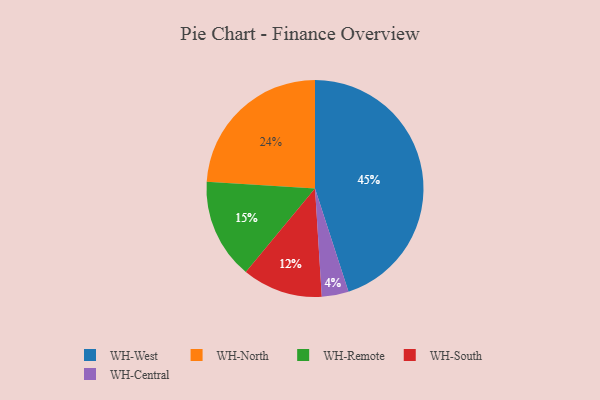
{"axis": {"x": "Category", "y": "Percentage"}, "legend": ["WH-Central", "WH-North", "WH-Remote", "WH-South", "WH-West"], "data": [{"x": "WH-South", "y": 12, "type": "WH-South"}, {"x": "WH-Central", "y": 4, "type": "WH-Central"}, {"x": "WH-North", "y": 24, "type": "WH-North"}, {"x": "WH-Remote", "y": 15, "type": "WH-Remote"}, {"x": "WH-West", "y": 45, "type": "WH-West"}]}